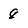
Character: 8